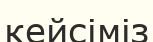
кейсіміз